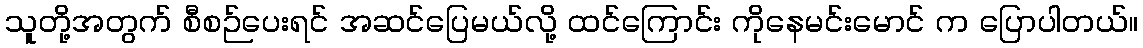
သူတို့အတွက် စီစဉ်ပေးရင် အဆင်ပြေမယ်လို့ ထင်ကြောင်း ကိုနေမင်းမောင် က ပြောပါတယ်။